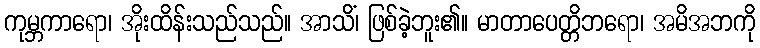
ကုမ္ဘကာရော၊ အိုးထိန်းသည်သည်။ အာသိံ၊ ဖြစ်ခဲ့ဘူး၏။ မာတာပေတ္တိဘရော၊ အမိအဘကို